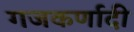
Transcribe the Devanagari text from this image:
गजकर्णादी